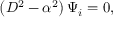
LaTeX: \left( D ^ { 2 } - \alpha ^ { 2 } \right) \Psi _ { i } = 0 ,